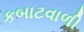
કબાટવાળી